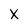
Character: X